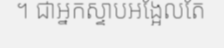
។ ជាអ្នកស្ទាបអង្អែលតែ